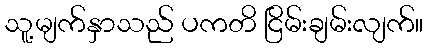
သူ့မျက်နှာသည် ပကတိ ငြိမ်းချမ်းလျက်။